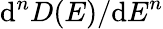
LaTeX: {\mathrm{d}^{n}D(E)}/{{\mathrm{d}E}^{n}}